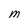
Character: M